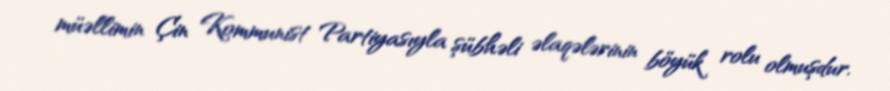
müəllimin Çin Kommunist Partiyasıyla şübhəli əlaqələrinin böyük rolu olmuşdur.